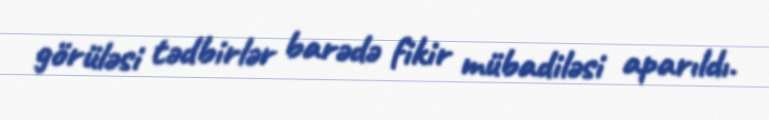
görüləsi tədbirlər barədə fikir mübadiləsi aparıldı.